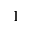
^ 1